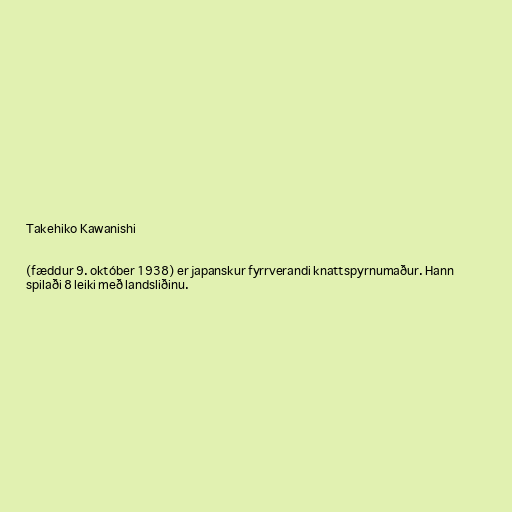
Takehiko Kawanishi

(fæddur 9. október 1938) er japanskur fyrrverandi knattspyrnumaður. Hann
spilaði 8 leiki með landsliðinu.